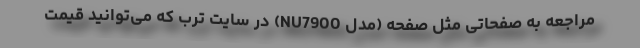
مراجعه به صفحاتی مثل صفحه (مدل NU7900) در سایت ترب که می‌توانید قیمت